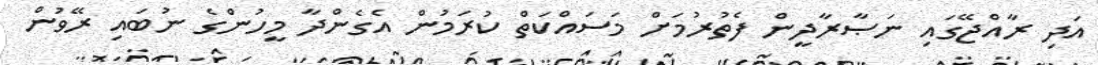
އަދި ރާއްޖޭގައި ނަޞާރާދީން ފެތުރުމަށް މަސައްކަތް ކުރަމުން އެގެންދާ މީހުންގެ ނުބައި ރޭވުން